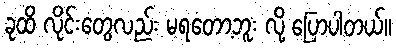
ခုထိ လိုင်းတွေလည်း မရတော့ဘူး လို့ ပြောပါတယ်။